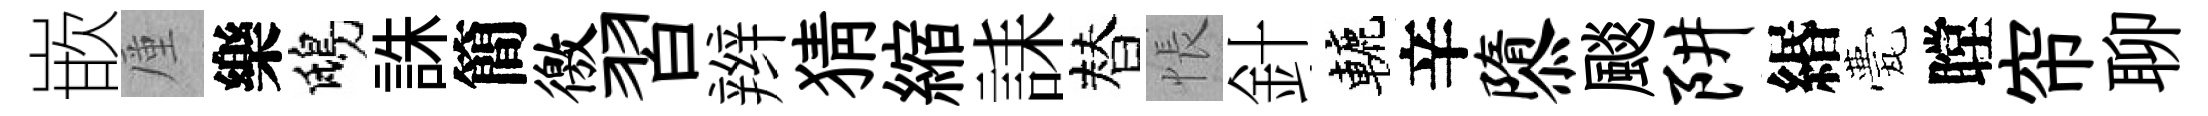
嵌厪樂鴟誅簡徼習辫猜縮誄替悵針轆辛隳颷阱緡甍瞠帘聊